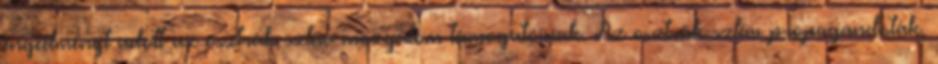
engedményt adott az osztrák-szláv mozgalom támogatóinak. Az osztrák-szláv propagandisták,